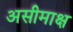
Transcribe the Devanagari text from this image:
असीमाक्ष